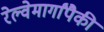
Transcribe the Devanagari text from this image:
रेल्वेमार्गांपैकी